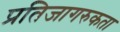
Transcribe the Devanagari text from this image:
प्रतिजागरुकता